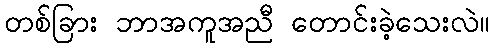
တစ်ခြား ဘာအကူအညီ တောင်းခဲ့သေးလဲ။